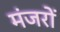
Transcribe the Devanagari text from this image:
मंजरों